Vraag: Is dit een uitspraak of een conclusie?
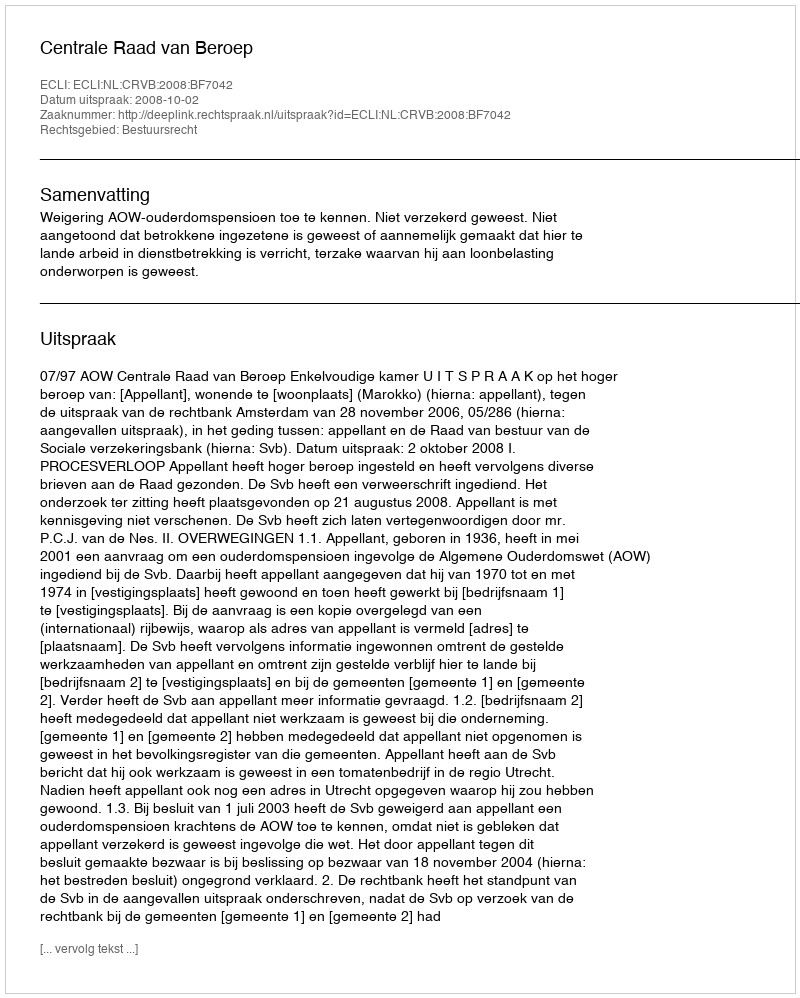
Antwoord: Uitspraak